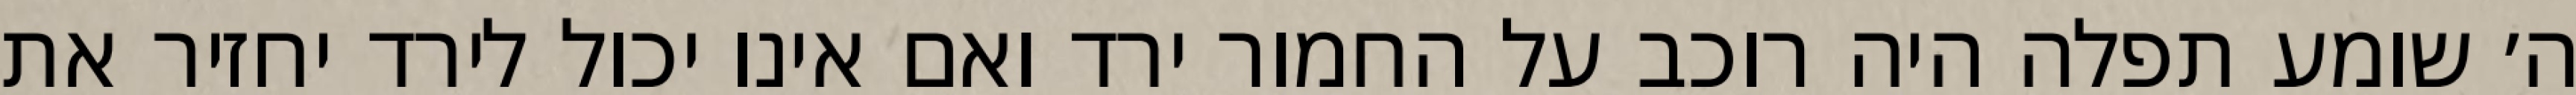
ה׳ שומע תפלה היה רוכב על החמור ירד ואם אינו יכול לירד יחזיר את